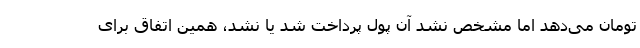
تومان می‌دهد اما مشخص نشد آن پول پرداخت شد یا نشد، همین اتفاق برای